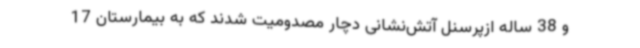
و 38 ساله ازپرسنل آتش‌نشانی دچار مصدومیت شدند که به بیمارستان 17